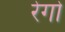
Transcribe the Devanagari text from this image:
रेगो